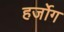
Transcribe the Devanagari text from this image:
हर्जोग